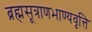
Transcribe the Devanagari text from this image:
ब्रह्मसूत्राणभाण्यवृत्ति